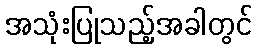
အသုံးပြုသည့်အခါတွင်